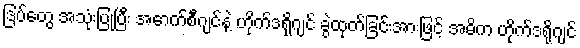
ဒြပ်တွေ အသုံးပြုပြီး အောက်စီဂျင်နဲ့ ဟိုက်ဒရိုဂျင် ခွဲထုတ်ခြင်းအားဖြင့် အဓိက ဟိုက်ဒရိုဂျင်